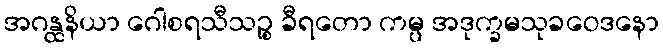
အဂန္ထနိယာ ဂေါစရသီသဉ္စ ခီရတော ကမ္ပ အဒုက္ခမသုခဝေဒနော